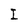
Character: I